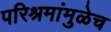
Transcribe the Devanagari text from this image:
परिश्रमांमुळेच